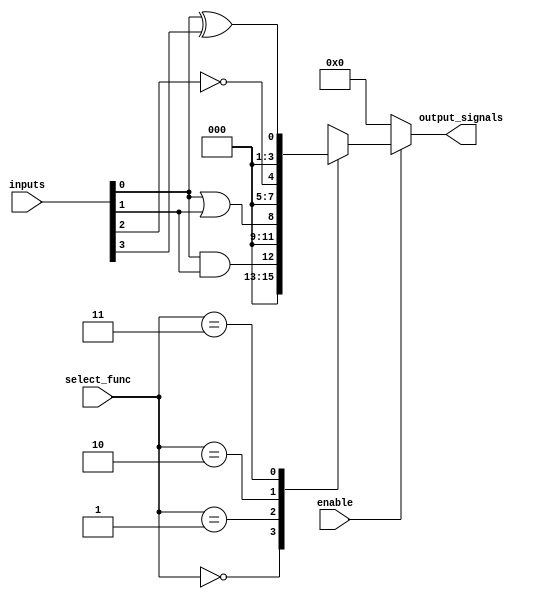
module CombinationalLogicBlock (
    input wire [3:0] inputs,          // 4 input signals
    input wire [1:0] select_func,     // Function select signal (for multiplexer logic)
    input wire enable,                 // Enable signal
    output reg [3:0] output_signals    // 4 output signals
);

// Internal signals for various logic functions
wire and_out, or_out, not_out, xor_out;

// Define combinational logic functions
assign and_out = inputs[0] & inputs[1];
assign or_out  = inputs[0] | inputs[1];
assign not_out = ~inputs[2]; 
assign xor_out = inputs[0] ^ inputs[3];

// Logic function selection based on select_func signal
always @(*) begin
    if (enable) begin
        case (select_func)
            2'b00: output_signals = {3'b000, and_out}; // Output = AND result
            2'b01: output_signals = {3'b000, or_out};  // Output = OR result
            2'b10: output_signals = {3'b000, not_out}; // Output = NOT result
            2'b11: output_signals = {3'b000, xor_out}; // Output = XOR result
            default: output_signals = 4'b0000;         // Default to 0
        endcase
    end else begin
        output_signals = 4'b0000; // Output is 0 when not enabled
    end
end

endmodule